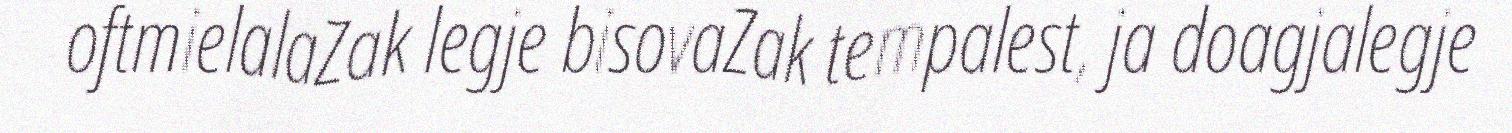
oftmielalaZak legje bisovaZak tempalest, ja doagjalegje